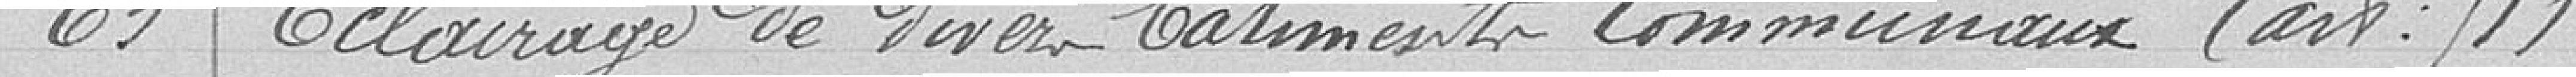
63 Éclairage de divers bâtiments communaux (art 91)